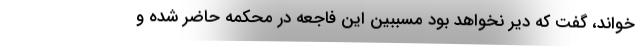
خواند، گفت که دیر نخواهد بود مسببین این فاجعه در محکمه حاضر شده و